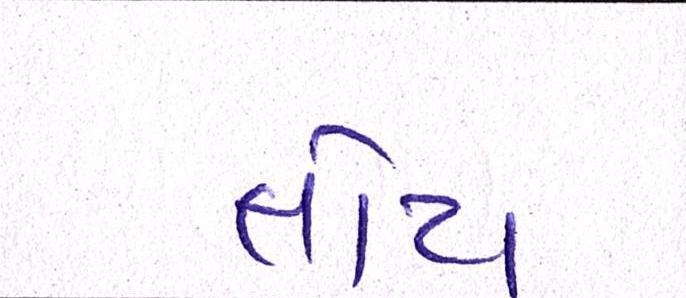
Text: તોયે